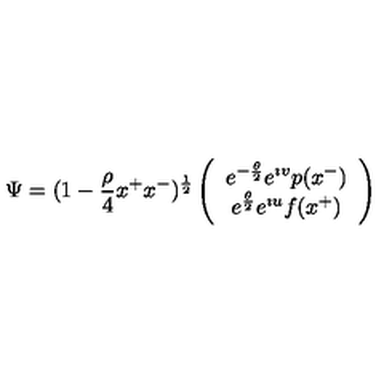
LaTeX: \Psi = ( 1 - { \frac { \rho } { 4 } } x ^ { + } x ^ { - } ) ^ { \frac { 1 } { 2 } } \left( \begin{array} { c } { e ^ { - { \frac { \theta } { 2 } } } e ^ { \imath v } p ( x ^ { - } ) } \\ { e ^ { { \frac { \theta } { 2 } } } e ^ { \imath u } f ( x ^ { + } ) } \\ \end{array} \right)